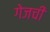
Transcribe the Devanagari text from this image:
गेजची